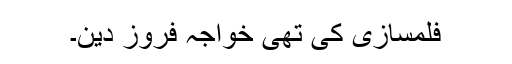
فلمسازی کی تھی خواجہ فروز دین۔